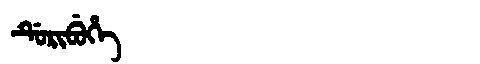
Manchu: ᡩᡠᡵᡳᠪᡠᡥᡝ
Romanization: DURIBUHE